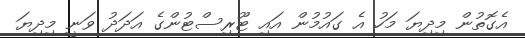
އެގޮތުން މިދިޔަ މަހު އެ ގައުމުން އައި ޓޫރިސްޓުންގެ އަދަދު ވަނީ މިދިޔަ